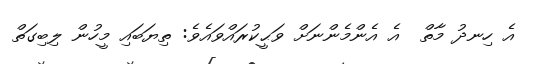
އެ ހިނދު މާތް  އެ އެންމެންނަށް ވަޙީކުރައްވައެވެ: ތިޔަބައި މީހުން ލިބިގަތް